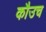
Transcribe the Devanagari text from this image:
कौउच